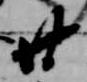
廿